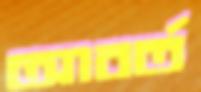
আবর্ত